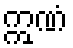
ဣဏံ